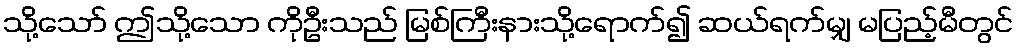
သို့သော် ဤသို့သော ကိုဦးသည် မြစ်ကြီးနားသို့ရောက်၍ ဆယ်ရက်မျှ မပြည့်မီတွင်